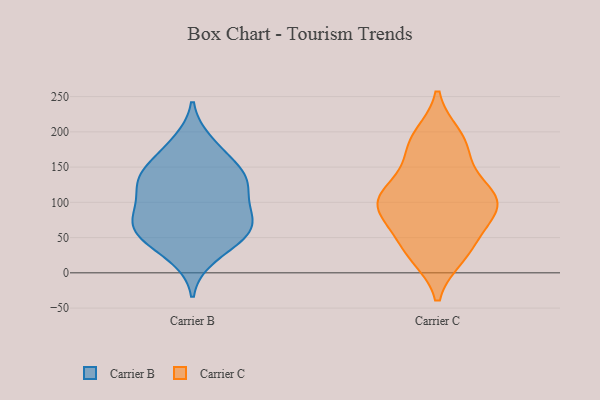
{"axis": {"x": "Inventory Turnover", "y": "Value"}, "legend": ["Carrier B", "Carrier C"], "data": [{"x": "", "y": 23, "type": "Carrier B"}, {"x": "", "y": 148, "type": "Carrier B"}, {"x": "", "y": 71, "type": "Carrier B"}, {"x": "", "y": 41, "type": "Carrier B"}, {"x": "", "y": 93, "type": "Carrier B"}, {"x": "", "y": 73, "type": "Carrier B"}, {"x": "", "y": 117, "type": "Carrier B"}, {"x": "", "y": 132, "type": "Carrier B"}, {"x": "", "y": 140, "type": "Carrier B"}, {"x": "", "y": 53, "type": "Carrier B"}, {"x": "", "y": 125, "type": "Carrier B"}, {"x": "", "y": 185, "type": "Carrier B"}, {"x": "", "y": 56, "type": "Carrier B"}, {"x": "", "y": 66, "type": "Carrier B"}, {"x": "", "y": 82, "type": "Carrier B"}, {"x": "", "y": 173, "type": "Carrier B"}, {"x": "", "y": 131, "type": "Carrier B"}, {"x": "", "y": 111, "type": "Carrier C"}, {"x": "", "y": 183, "type": "Carrier C"}, {"x": "", "y": 192, "type": "Carrier C"}, {"x": "", "y": 94, "type": "Carrier C"}, {"x": "", "y": 101, "type": "Carrier C"}, {"x": "", "y": 127, "type": "Carrier C"}, {"x": "", "y": 39, "type": "Carrier C"}, {"x": "", "y": 26, "type": "Carrier C"}, {"x": "", "y": 172, "type": "Carrier C"}, {"x": "", "y": 92, "type": "Carrier C"}, {"x": "", "y": 33, "type": "Carrier C"}, {"x": "", "y": 79, "type": "Carrier C"}, {"x": "", "y": 103, "type": "Carrier C"}]}